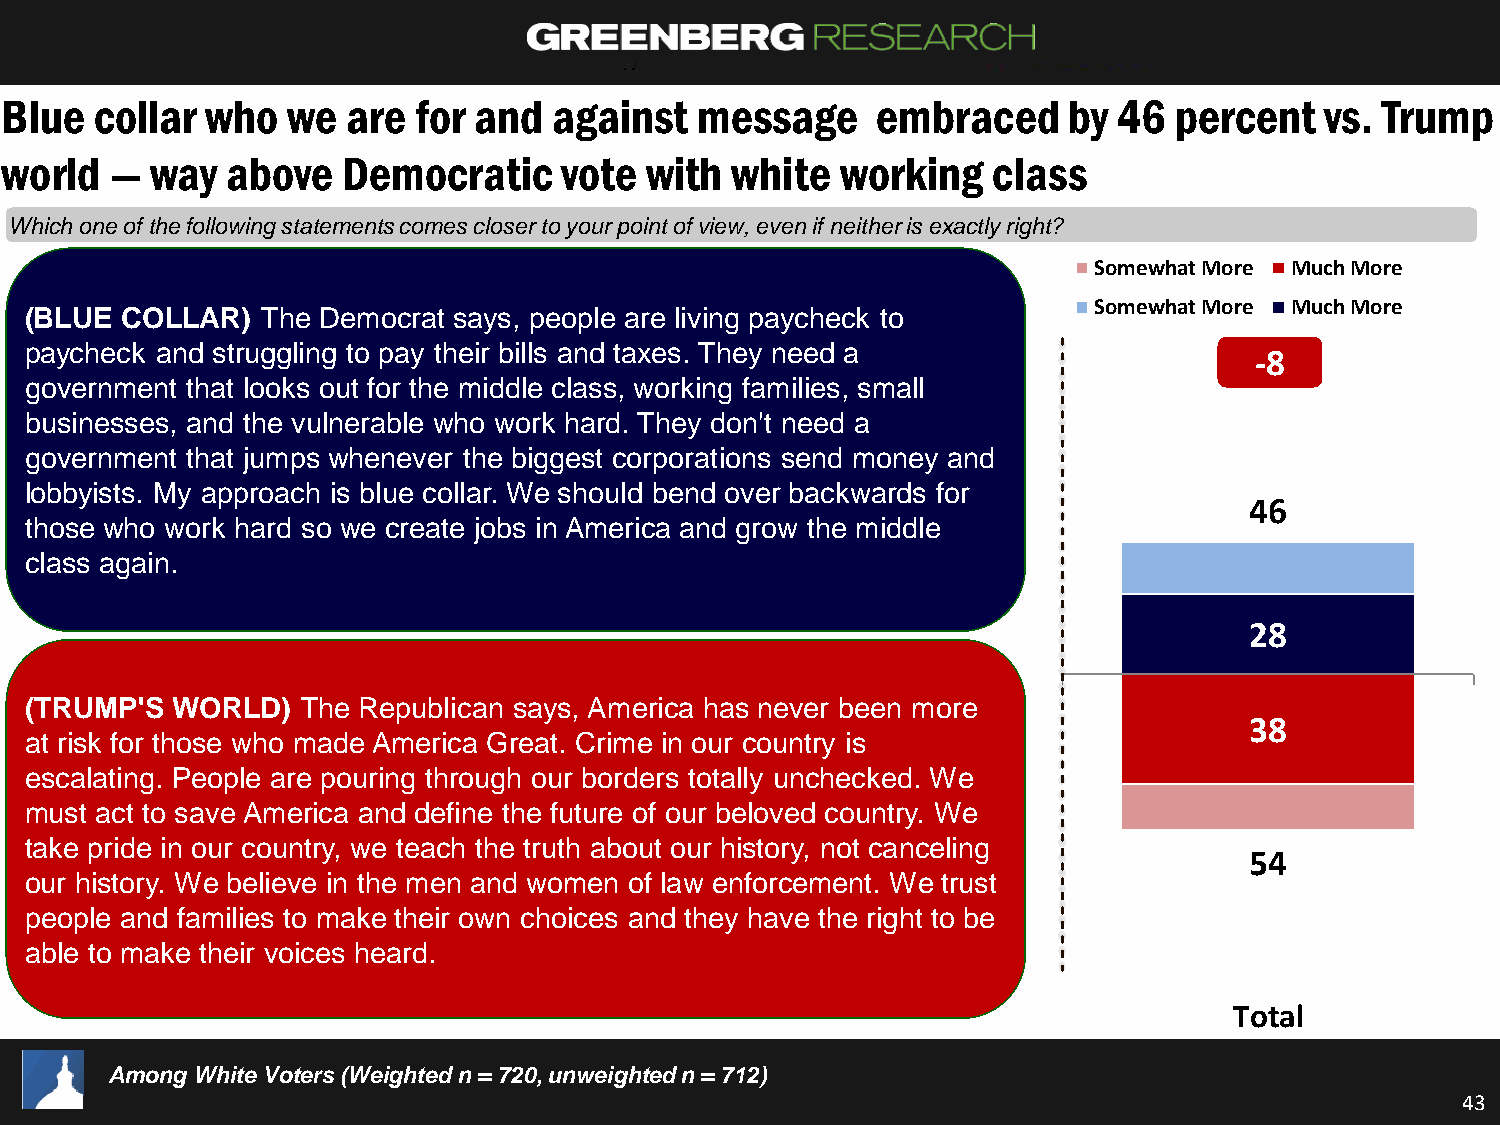
Blue  collar  who  we  are  for and  against  message     embraced     by 46  percent   vs. Trump
 world  —  way  above   Democratic    vote  with white   working   class
 Which one of the following statements comes closer to your point of view, even if neither is exactly right?
 Somewhat More Much More
 Somewhat More Much More
 (BLUE COLLAR)  The Democrat says, people are living paycheck to
 paycheck and struggling to pay their bills and taxes. They need a
 -8
 government that looks out for the middle class, working families, small
 businesses, and the vulnerable who work hard. They don't need a
 government that jumps whenever the biggest corporations send money and
 lobbyists. My approach is blue collar. We should bend over backwards for
 46
 those who work hard so we create jobs in America and grow the middle
 class again.
 28
 (TRUMP'S WORLD)   The Republican says, America has never been more
 38
 at risk for those who made America Great. Crime in our country is
 escalating. People are pouring through our borders totally unchecked. We
 must act to save America and define the future of our beloved country. We
 take pride in our country, we teach the truth about our history, not canceling
 54
 our history. We believe in the men and women of law enforcement. We trust
 people and families to make their own choices and they have the right to be
 able to make their voices heard.
 Total
 Among White Voters (Weighted n = 720, unweighted n = 712)
 43